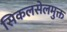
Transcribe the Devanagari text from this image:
सिकलसेलमुक्त